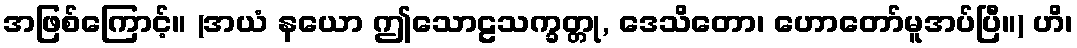
အဖြစ်ကြောင့်။ (အယံ နယော ဤသောဠသက္ခတ္တု, ဒေသိတော၊ ဟောတော်မူအပ်ပြီ။) ဟိ၊